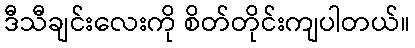
ဒီသီချင်းလေးကို စိတ်တိုင်းကျပါတယ်။